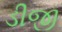
ડીજી